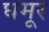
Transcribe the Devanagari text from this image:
घमूर